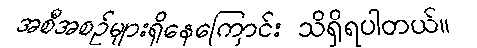
အစီအစဉ်များရှိနေကြောင်း သိရှိရပါတယ်။